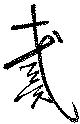
戴